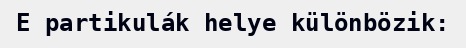
E partikulák helye különbözik: